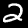
Label: 2